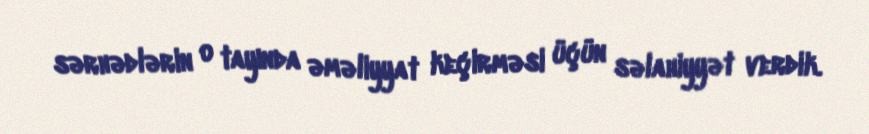
sərhədlərin o tayında əməliyyat keçirməsi üçün səlahiyyət verdik.